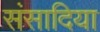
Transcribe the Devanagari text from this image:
संसादिया